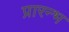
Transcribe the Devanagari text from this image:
प्रारन्भ